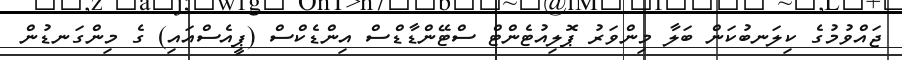
ޖައްވުމުގެ ކިލަނބުކަން ބަލާ މިންވަރު ޕޮލިއުޓެންޓް ސްޓޭންޑާޑްސް އިންޑެކްސް (ޕީއެސްއައި) ގެ މިންގަނޑުން